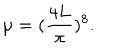
LaTeX: \mu = ( \frac { 4 L } { \pi } ) ^ { 8 } .